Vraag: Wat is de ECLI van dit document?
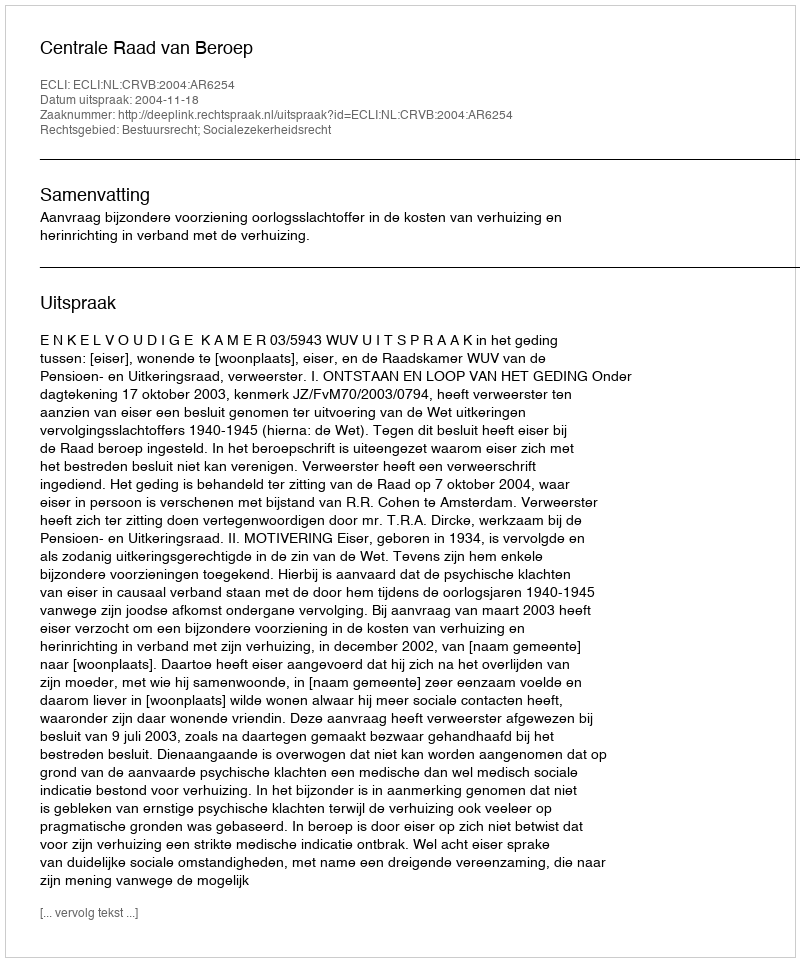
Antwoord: ECLI:NL:CRVB:2004:AR6254